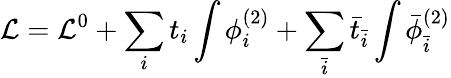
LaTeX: {\cal L}={\cal L}^{0}+\sum_{i}t_{i}\int\phi_{i}^{(2)}+\sum_{\bar{i}}{\bar{t}}_{\bar{i}}\int{\bar{\phi}}_{\bar{i}}^{(2)}